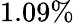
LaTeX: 1.09\%